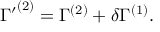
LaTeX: { \Gamma ^ { \prime } } ^ { ( 2 ) } = \Gamma ^ { ( 2 ) } + \delta \Gamma ^ { ( 1 ) } .